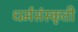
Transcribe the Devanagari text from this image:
धर्मसंस्कृती